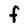
Character: F